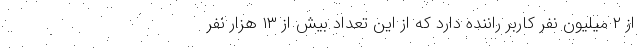
از ۲ میلیون نفر کاربر راننده دارد که از این تعداد بیش از ۱۳ هزار نفر